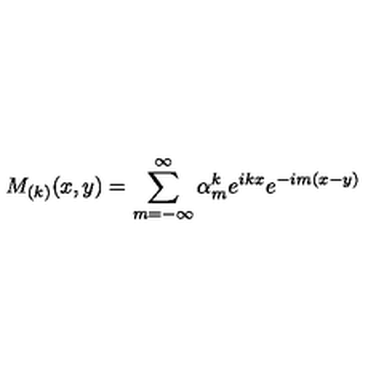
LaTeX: M _ { ( k ) } ( x , y ) = \sum _ { m = - \infty } ^ { \infty } \alpha _ { m } ^ { k } e ^ { i k x } e ^ { - i m ( x - y ) }